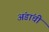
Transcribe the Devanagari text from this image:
अंडांची